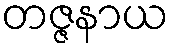
တဇ္ဇနာယ